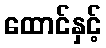
ထောင်နှင့်